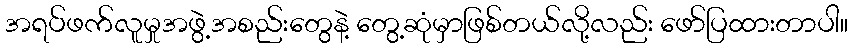
အရပ်ဖက်လူမှုအဖွဲ့အစည်းတွေနဲ့ တွေ့ဆုံမှာဖြစ်တယ်လို့လည်း ဖော်ပြထားတာပါ။